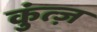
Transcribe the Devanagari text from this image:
कुंत्ज़